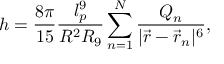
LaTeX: h = \frac { 8 \pi } { 1 5 } \frac { l _ { p } ^ { 9 } } { R ^ { 2 } R _ { 9 } } \sum _ { n = 1 } ^ { N } \frac { Q _ { n } } { | \vec { r } - \vec { r } _ { n } | ^ { 6 } } ,